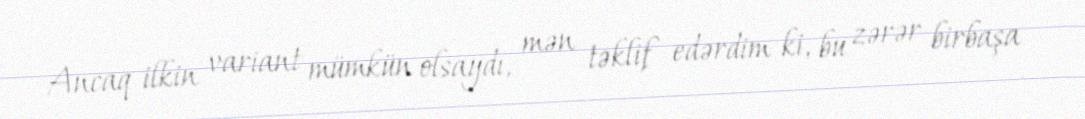
Ancaq ilkin variant mümkün olsaydı, mən təklif edərdim ki, bu zərər birbaşa